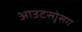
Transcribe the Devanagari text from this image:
आउटसोॄसग